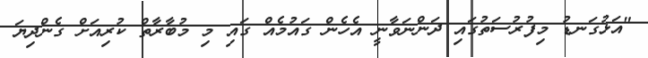
"އަޅުގަނޑު މިފުރުސަތުގައި ދަންނަވާނީ އެހެން ގައުމެއް ގައި މި މުބާރާތް ކުރިއަށް ގެންދިޔަ